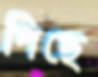
পিছে